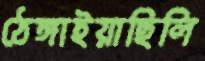
ঠেঙ্গাইয়াছিলি